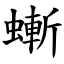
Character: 螹